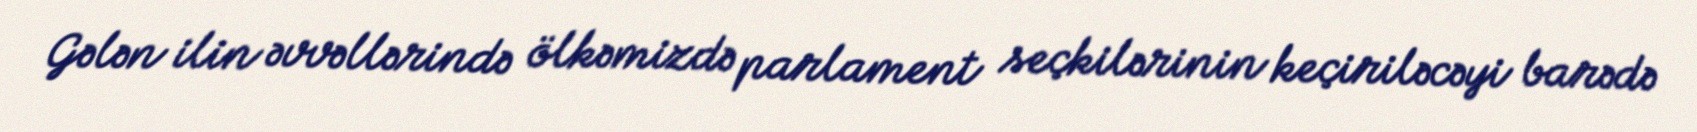
Gələn ilin əvvəllərində ölkəmizdə parlament seçkilərinin keçiriləcəyi barədə